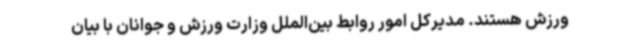
ورزش هستند. مدیرکل امور روابط بین‌الملل وزارت ورزش و جوانان با بیان